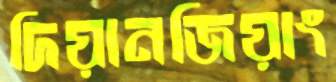
দিয়ানজিয়াং